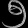
Digit: ၅